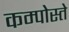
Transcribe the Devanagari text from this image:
कम्पोस्ते